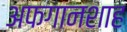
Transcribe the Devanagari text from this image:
अफगानशाह